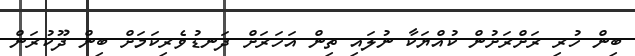
ބިން ހުރި ރަށްރަށުން ކުއްޔަކާ ނުލައި ތިން އަހަރަށް ދަނޑުވެރިކަމަށް ބިން ދޫކުރަން